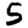
Digit: 5